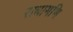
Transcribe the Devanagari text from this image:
राधामणि